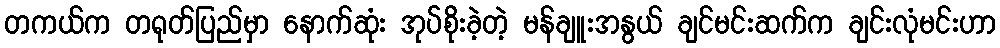
တကယ်က တရုတ်ပြည်မှာ နောက်ဆုံး အုပ်စိုးခဲ့တဲ့ မန်ချူးအနွယ် ချင်မင်းဆက်က ချင်းလုံမင်းဟာ